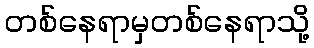
တစ်နေရာမှတစ်နေရာသို့